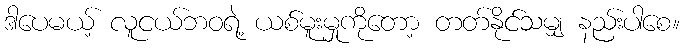
ဒါပေမယ့် လူငယ်ဘဝရဲ့ ယစ်မူးမှုကိုတော့ တတ်နိုင်သမျှ နည်းပါစေ။